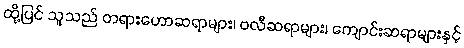
ထို့ပြင် သူသည် တရားဟောဆရာများ၊ ဗလီဆရာများ၊ ကျောင်းဆရာများနှင့်